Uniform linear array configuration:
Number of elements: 8
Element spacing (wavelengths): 0.5
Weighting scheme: uniform
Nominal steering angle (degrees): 0
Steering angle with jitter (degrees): -0.7823
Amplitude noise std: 0.05
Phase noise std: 0.05

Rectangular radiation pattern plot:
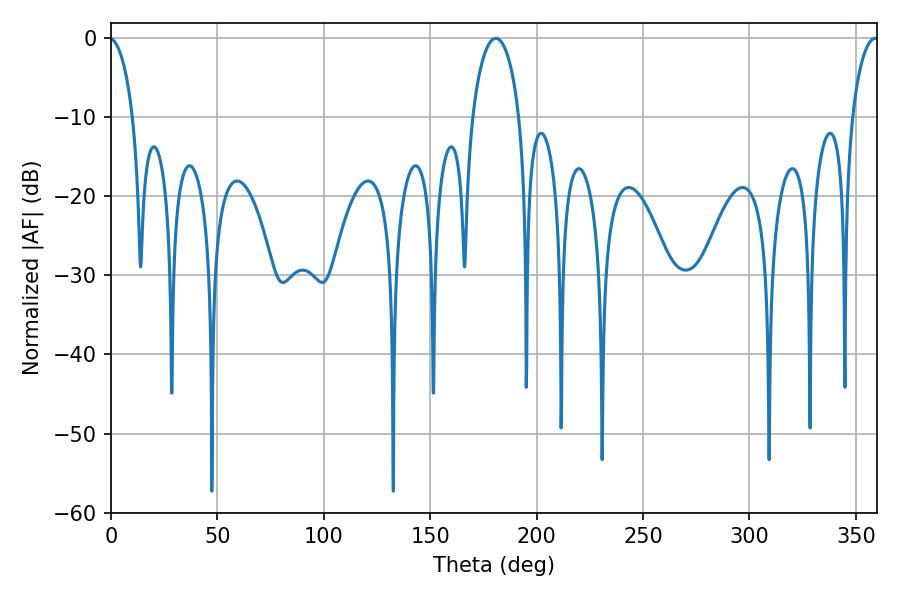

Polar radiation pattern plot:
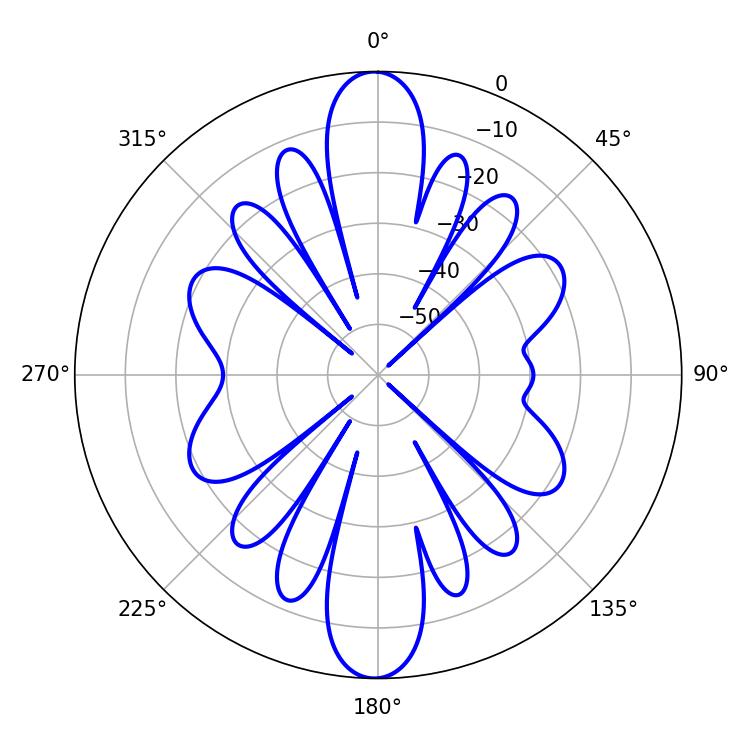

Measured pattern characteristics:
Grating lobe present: FALSE
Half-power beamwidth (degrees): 12.78
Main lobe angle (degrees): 180.9